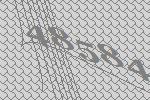
48584